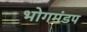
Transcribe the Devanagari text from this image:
भोगमंडप